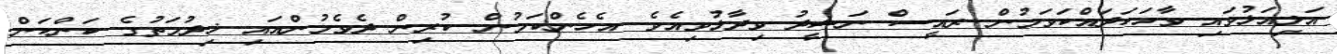
އަލިއަޅުވައި ވާހަކަދައްކަވަމުން ރައީސް ނަޝީދު ވިދާޅުވިއެވެ. އެހެންކަމުން ކުރިން ދެވެމުންއައި ޚިދުމަތުގެ ކަންކަން